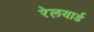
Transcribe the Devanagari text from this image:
रेलयार्ड